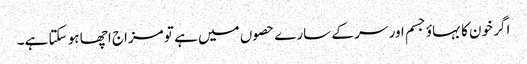
اگر خون کا بہاؤ جسم اور سر کے سارے حصوں میں ہے تو مزاج اچھا ہو سکتا ہے۔